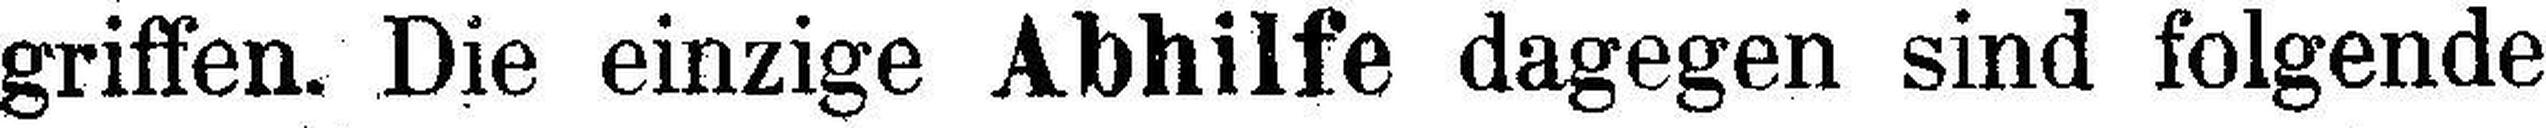
griffen. Die einzige Abhilfe dagegen sind folgende